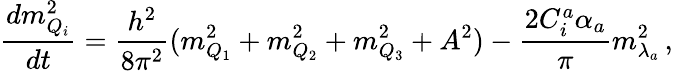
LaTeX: \frac{dm_{Q_{i}}^{2}}{dt}=\frac{h^{2}}{8\pi^{2}}(m_{Q_{1}}^{2}+m_{Q_{2}}^{2}+m_{Q_{3}}^{2}+A^{2})-\frac{2C_{i}^{a}\alpha_{a}}{\pi}m_{\lambda_{a}}^{2}\, ,